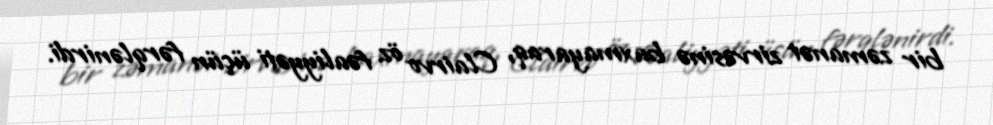
bir zəmanət zirvəsinə baxmayaraq, Clairvo öz fəaliyyəti üçün fərqlənirdi.